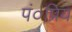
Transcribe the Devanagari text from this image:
पं०प्रिय